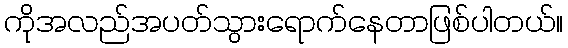
ကိုအလည်အပတ်သွားရောက်နေတာဖြစ်ပါတယ်။